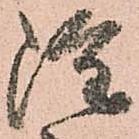
雖